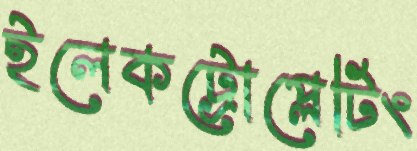
ইলেকট্রোপ্লেটিং